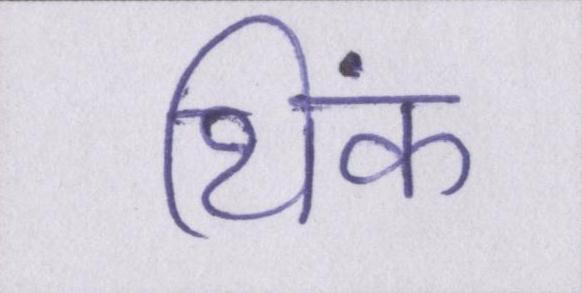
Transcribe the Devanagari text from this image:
थिंक